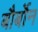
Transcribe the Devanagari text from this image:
बौर्बोन